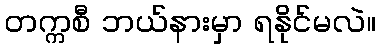
တက္ကစီ ဘယ်နားမှာ ရနိုင်မလဲ။